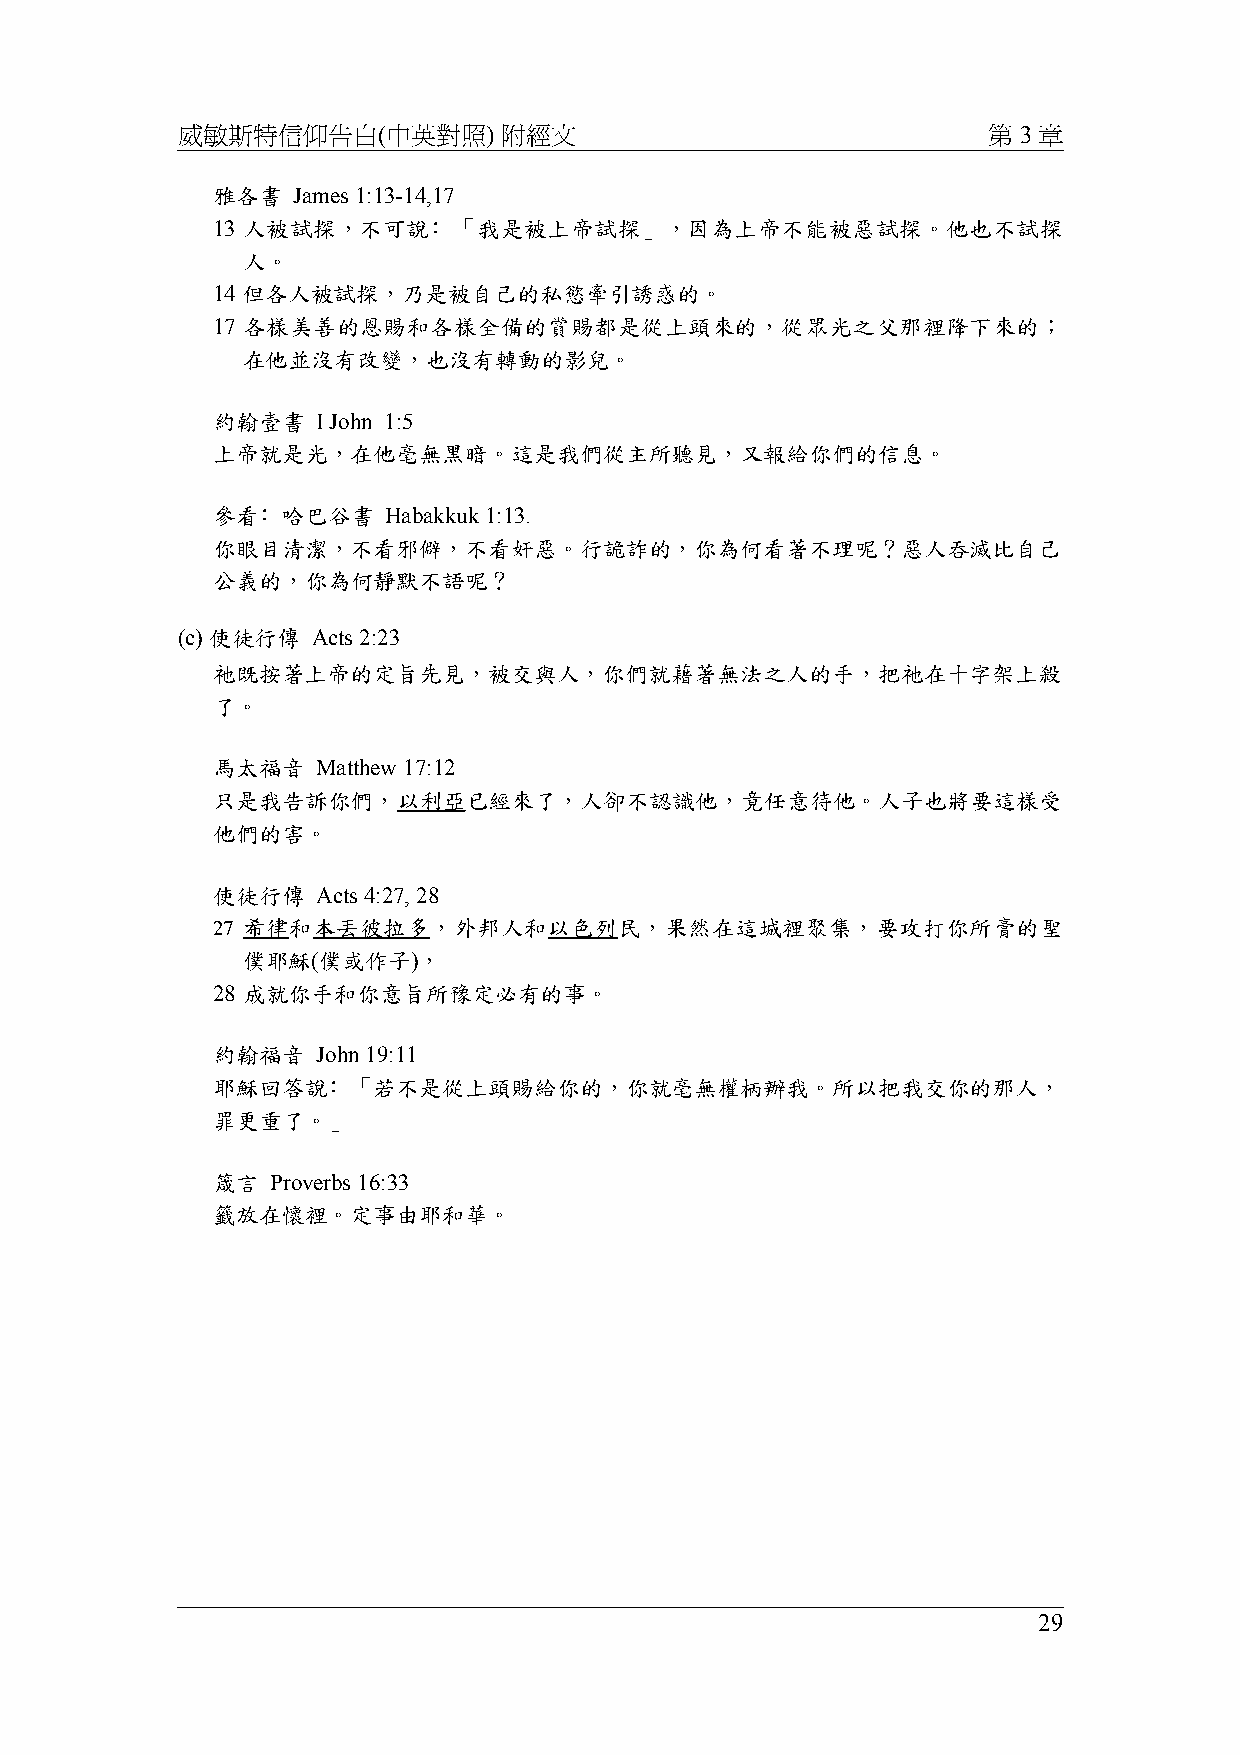
威敏斯特信仰告白(中英對照)       附經文                             第 3 章
 雅各書  James 1:13-14,17
 13 人被試探，不可說﹕「我是被上帝試探」，因為上帝不能被惡試探。他也不試探
 人。
 14 但各人被試探，乃是被自己的私慾牽引誘惑的。
 17 各樣美善的恩賜和各樣全備的賞賜都是從上頭來的，從眾光之父那裡降下來的；
 在他並沒有改變，也沒有轉動的影兒。
 約翰壹書   I John 1:5
 上帝就是光，在他毫無黑暗。這是我們從主所聽見，又報給你們的信息。
 參看﹕哈巴谷書    Habakkuk 1:13.
 你眼目清潔，不看邪僻，不看奸惡。行詭詐的，你為何看著不理呢？惡人吞滅比自己
 公義的，你為何靜默不語呢？
 (c) 使徒行傳 Acts 2:23
 祂既按著上帝的定旨先見，被交與人，你們就藉著無法之人的手，把祂在十字架上殺
 了。
 馬太福音   Matthew 17:12
 只是我告訴你們，以利亞已經來了，人卻不認識他，竟任意待他。人子也將要這樣受
 他們的害。
 使徒行傳   Acts 4:27, 28
 27 希律和本丟彼拉多，外邦人和以色列民，果然在這城裡聚集，要攻打你所膏的聖
 僕耶穌(僕或作子)，
 28 成就你手和你意旨所豫定必有的事。
 約翰福音   John 19:11
 耶穌回答說﹕「若不是從上頭賜給你的，你就毫無權柄辦我。所以把我交你的那人，
 罪更重了。」
 箴言  Proverbs 16:33
 籤放在懷裡。定事由耶和華。
 29